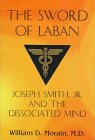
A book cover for The Sword of Laban: Joseph Smith, Jr., and the Dissociated Mind; William D., M.D. Morain; Health, Fitness & Dieting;